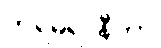
ကရမရာနီတာ